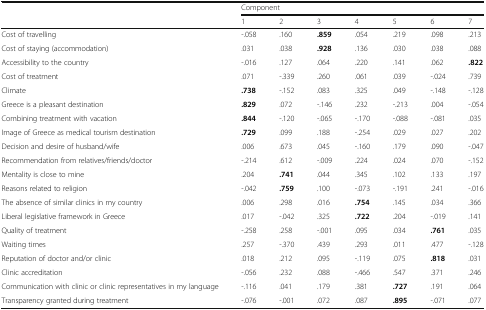
<table><thead><tr><td rowspan="2"></td><td colspan="7"><b>Component</b></td></tr><tr><td><b>1</b></td><td><b>2</b></td><td><b>3</b></td><td><b>4</b></td><td><b>5</b></td><td><b>6</b></td><td><b>7</b></td></tr></thead><tbody><tr><td>Cost of travelling</td><td>-.058</td><td>.160</td><td><b>.859</b></td><td>.054</td><td>.219</td><td>.098</td><td>.213</td></tr><tr><td>Cost of staying (accommodation)</td><td>.031</td><td>.038</td><td><b>.928</b></td><td>.136</td><td>.030</td><td>.038</td><td>.088</td></tr><tr><td>Accessibility to the country</td><td>-.016</td><td>.127</td><td>.064</td><td>.220</td><td>.141</td><td>.062</td><td><b>.822</b></td></tr><tr><td>Cost of treatment</td><td>.071</td><td>-.339</td><td>.260</td><td>.061</td><td>.039</td><td>-.024</td><td>.739</td></tr><tr><td>Climate</td><td><b>.738</b></td><td>-.152</td><td>.083</td><td>.325</td><td>.049</td><td>-.148</td><td>-.128</td></tr><tr><td>Greece is a pleasant destination</td><td><b>.829</b></td><td>.072</td><td>-.146</td><td>.232</td><td>-.213</td><td>.004</td><td>-.054</td></tr><tr><td>Combining treatment with vacation</td><td><b>.844</b></td><td>-.120</td><td>-.065</td><td>-.170</td><td>-.088</td><td>-.081</td><td>.035</td></tr><tr><td>Image of Greece as medical tourism destination</td><td><b>.729</b></td><td>.099</td><td>.188</td><td>-.254</td><td>.029</td><td>.027</td><td>.202</td></tr><tr><td>Decision and desire of husband/wife</td><td>.006</td><td>.673</td><td>.045</td><td>-.160</td><td>.179</td><td>.090</td><td>-.047</td></tr><tr><td>Recommendation from relatives/friends/doctor</td><td>-.214</td><td>.612</td><td>-.009</td><td>.224</td><td>.024</td><td>.070</td><td>-.152</td></tr><tr><td>Mentality is close to mine</td><td>.204</td><td><b>.741</b></td><td>.044</td><td>.345</td><td>.102</td><td>.133</td><td>.197</td></tr><tr><td>Reasons related to religion</td><td>-.042</td><td><b>.759</b></td><td>.100</td><td>-.073</td><td>-.191</td><td>.241</td><td>-.016</td></tr><tr><td>The absence of similar clinics in my country</td><td>.006</td><td>.298</td><td>.016</td><td><b>.754</b></td><td>.145</td><td>.034</td><td>.366</td></tr><tr><td>Liberal legislative framework in Greece</td><td>.017</td><td>-.042</td><td>.325</td><td><b>.722</b></td><td>.204</td><td>-.019</td><td>.141</td></tr><tr><td>Quality of treatment</td><td>-.258</td><td>.258</td><td>-.001</td><td>.095</td><td>.034</td><td><b>.761</b></td><td>.035</td></tr><tr><td>Waiting times</td><td>.257</td><td>-.370</td><td>.439</td><td>.293</td><td>.011</td><td>.477</td><td>-.128</td></tr><tr><td>Reputation of doctor and/or clinic</td><td>.018</td><td>.212</td><td>.095</td><td>-.119</td><td>.075</td><td><b>.818</b></td><td>.031</td></tr><tr><td>Clinic accreditation</td><td>-.056</td><td>.232</td><td>.088</td><td>-.466</td><td>.547</td><td>.371</td><td>.246</td></tr><tr><td>Communication with clinic or clinic representatives in my language</td><td>-.116</td><td>.041</td><td>.179</td><td>.381</td><td><b>.727</b></td><td>.191</td><td>.064</td></tr><tr><td>Transparency granted during treatment</td><td>-.076</td><td>-.001</td><td>.072</td><td>.087</td><td><b>.895</b></td><td>-.071</td><td>.077</td></tr></tbody></table>